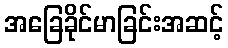
အခြေခိုင်မာခြင်းအဆင့်